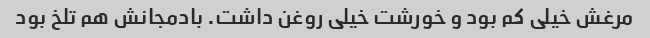
مرغش خیلی کم بود و خورشت خیلی روغن داشت. بادمجانش هم تلخ بود